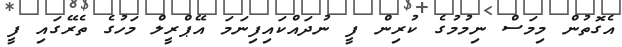
އެގޮތުން މިމަސް ނިމުމުގެ ކުރިން ފީ ނުދައްކައިފިނަމަ އޭޕްރީލް މަހުގެ ތެރޭގައި ފީ